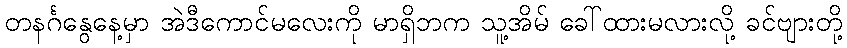
တနင်္ဂနွေနေ့မှာ အဲဒီကောင်မလေးကို မာရှိဘက သူ့အိမ် ခေါ်ထားမလားလို့ ခင်ဗျားတို့